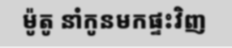
ម៉ូតូ នាំកូនមកផ្ទះវិញ